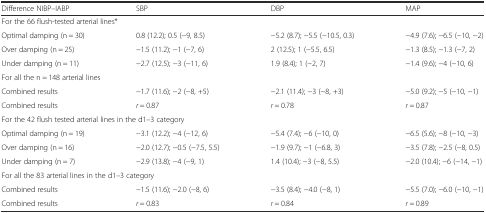
<table><thead><tr><td><b>Difference NIBP–IABP</b></td><td><b>SBP</b></td><td><b>DBP</b></td><td><b>MAP</b></td></tr></thead><tbody><tr><td colspan="4">For the 66 flush-tested arterial lines*</td></tr><tr><td>Optimal damping (n = 30)</td><td>0.8 (12.2); 0.5 (−9, 8.5)</td><td>−5.2 (8.7); −5.5 (−10.5, 0.3)</td><td>−4.9 (7.6); −6.5 (−10, −2)</td></tr><tr><td>Over damping (n = 25)</td><td>−1.5 (11.2); −1 (−7, 6)</td><td>2 (12.5); 1 (−5.5, 6.5)</td><td>−1.3 (8.5); −1.3 (−7, 2)</td></tr><tr><td>Under damping (n = 11)</td><td>−2.7 (12.5); −3 (−11, 6)</td><td>1.9 (8.4); 1 (−2, 7)</td><td>−1.4 (9.6); −4 (−10, 6)</td></tr><tr><td colspan="4">For all the n = 148 arterial lines</td></tr><tr><td>Combined results</td><td>−1.7 (11.6); −2 (−8, +5)</td><td>−2.1 (11.4); −3 (−8, +3)</td><td>−5.0 (9.2); −5 (−10, −1)</td></tr><tr><td>Combined results</td><td><i>r</i> = 0.87</td><td><i>r</i> = 0.78</td><td><i>r</i> = 0.87</td></tr><tr><td colspan="4">For the 42 flush tested arterial lines in the d1–3 category</td></tr><tr><td>Optimal damping (n = 19)</td><td>−3.1 (12.2); −4 (−12, 6)</td><td>−5.4 (7.4); −6 (−10, 0)</td><td>−6.5 (5.6); −8 (−10, −3)</td></tr><tr><td>Over damping (n = 16)</td><td>−2.0 (12.7); −0.5 (−7.5, 5.5)</td><td>−1.9 (9.7); −1 (−6.8, 3)</td><td>−3.5 (7.8); −2.5 (−8, 0.5)</td></tr><tr><td>Under damping (n = 7)</td><td>−2.9 (13.8); −4 (−9, 1)</td><td>1.4 (10.4); −3 (−8, 5.5)</td><td>−2.0 (10.4); −6 (−14, −1)</td></tr><tr><td colspan="4">For all the 83 arterial lines in the d1–3 category</td></tr><tr><td>Combined results</td><td>−1.5 (11.6); −2.0 (−8, 6)</td><td>−3.5 (8.4); −4.0 (−8, 1)</td><td>−5.5 (7.0); −6.0 (−10, −1)</td></tr><tr><td>Combined results</td><td><i>r</i> = 0.83</td><td><i>r</i> = 0.84</td><td><i>r</i> = 0.89</td></tr></tbody></table>